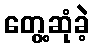
တွေ့ဆုံခဲ့